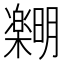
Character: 𪴞